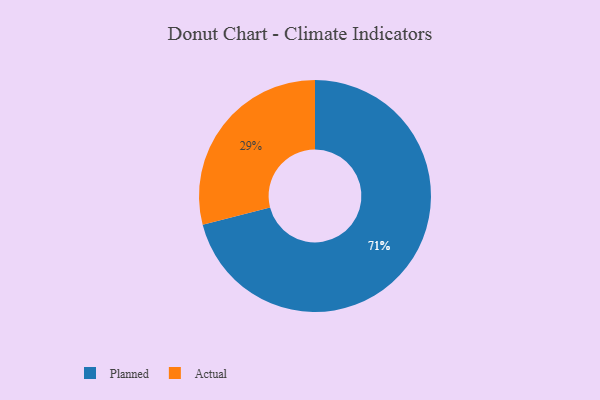
{"axis": {"x": "Category", "y": "Percentage"}, "legend": ["Actual", "Planned"], "data": [{"x": "Actual", "y": 29, "type": "Actual"}, {"x": "Planned", "y": 71, "type": "Planned"}]}